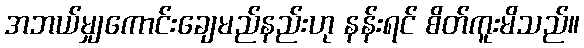
အဘယ်မျှကောင်းချေမည်နည်းဟု နန်းရင် စိတ်ကူးမိသည်။